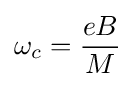
\omega _{c}={\frac {eB}{M}}\!